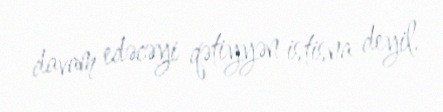
davam edəcəyi qətiyyən istisna deyil.